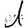
Digit: 1